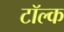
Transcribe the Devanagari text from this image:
टॉल्क